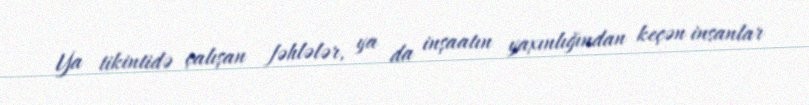
Ya tikintidə çalışan fəhlələr, ya da inşaatın yaxınlığından keçən insanlar